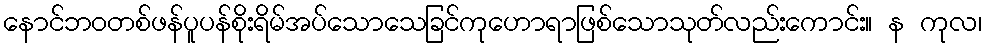
နောင်ဘဝတစ်ဖန်ပူပန်စိုးရိမ်အပ်သောသေခြင်ကုဟောရာဖြစ်သောသုတ်လည်းကောင်း။ န ကုလ၊